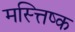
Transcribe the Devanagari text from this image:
मस्त्तिष्क